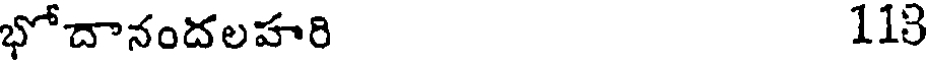
భోదానందలహరి 113